Report of the Municipal Commissioner on the plague in Bombay for the year ending 31st May... - Volume 2
Disease focus: Plague
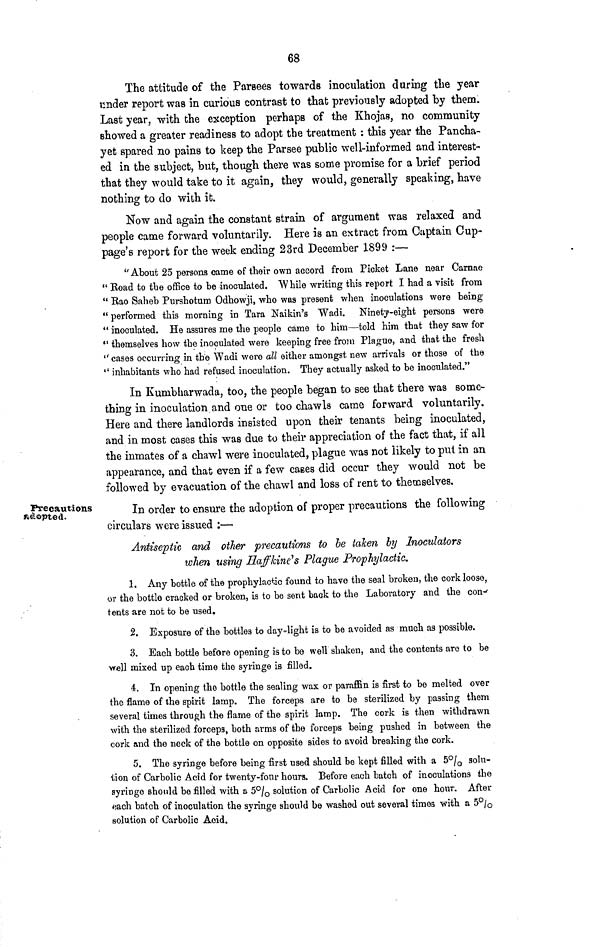
68
The attitude of the Parsees towards inoculation during the year
under report was in curious contrast to that previously adopted by them.
Last year, with the exception perhaps of the Khojas, no community
showed a greater readiness to adopt the treatment : this year the Pancha-
yet spared no pains to keep the Parsee public well-informed and interest-
ed in the subject, but, though there was some promise for a brief period
that they would take to it again, they would, generally speaking, have
nothing to do with it.
Now and again the constant strain of argument was relaxed and
people came forward voluntarily. Here is an extract from Captain Cup-
page's report for the week ending 23rd December 1899 :—
''About 25 persons came of their own accord from Picket Lane near Carnae
" Boad to the office to be inoculated. While writing this report I had a visit from
" Eao Saheb Purshotum Odhowji, who was present when inoculations were being
" performed this morning in Tara Naikin's Wadi. Ninety-eight persons were
" inoculated. He assures me the people came to him—told him tbat they saw for
" themselves how the inoculated were keeping free from Plaguo, and that the fresh
" cases occurring in the Wadi were all either amongst new arrivals or those of the
" inhabitants who had refused inoculation. They actually asked to be inoculated."
In Kumbharwada, too, the people began to see that there was some-
thing in inoculation and one or too chaw Is came forward voluntarily.
Here and there landlords insisted upon their tenants being inoculated,
and in most cases this was due to their appreciation of the fact that, if all
the inmates of a chawl were inoculated, plague was not likely to put in an
appearance, and that even if a few cases did occur they would not be
followed by evacuation of the chawl and loss of rent to themselves.
Precautions
Rotopted.
In order to ensure the adoption of proper precautions the following
circulars were issued :—
Antiseptic and other precautions to be taken by Inoculators
when using Ha/lane's Plague Prophylactic.
1. Any bottle of the prophylactic found to have the seal broken, the cork loose,
or the bottle cracked or broken, is to be sent back to the Laboratory and the con-
tents are not to be used.
2. Exposure of the bottles to day-light is to be avoided as much as possible.
3. Each bottle before opening is to be well shaken, and the contents are to be
well mixed up each time the syringe is filled.
4. In opening the bottle the sealing wax or paraffin is first to be melted over
the flame of the spirit lamp. The forceps are to be sterilized by passing them
several times through the flame of the spirit lamp. The cork is then withdrawn
with the sterilized forceps, both arms of the forceps being pushed in between the
cork and the neck of the bottle on opposite sides to avoid breaking the cork.
5. The syringe before being first used should be kept filled with a 5% solu-
tion of Carbolic Acid for twenty-four hours. Before each batch of inoculations the
syringe should be filled with a 5% solution of Carbolic Acid for one hour. After
ach batch of inoculation the syringe should be washed out several times with a 5%
solution of Carbolic Acid.